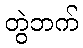
တွဲဘက်